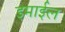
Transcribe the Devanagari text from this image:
इमाईल